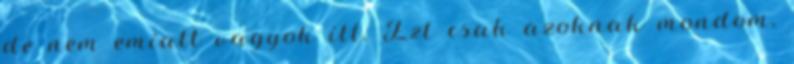
de nem emiatt vagyok itt. Ezt csak azoknak mondom,